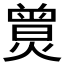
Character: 𤎯